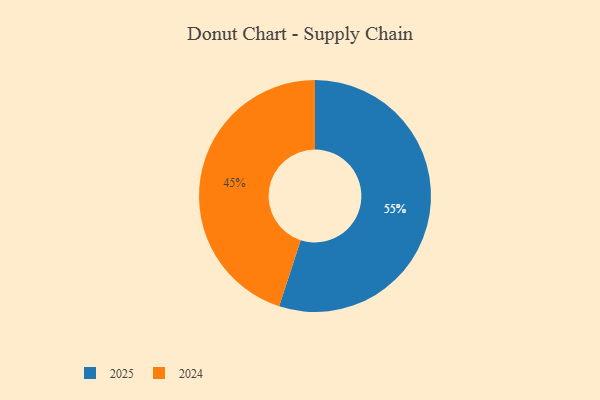
{"axis": {"x": "Category", "y": "Percentage"}, "legend": ["2024", "2025"], "data": [{"x": "2025", "y": 55, "type": "2025"}, {"x": "2024", "y": 45, "type": "2024"}]}